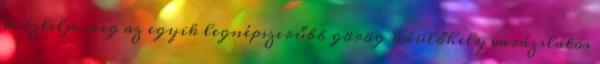
és ízlelje meg az egyik legnépszerűbb görög üdülőhely varázslatos